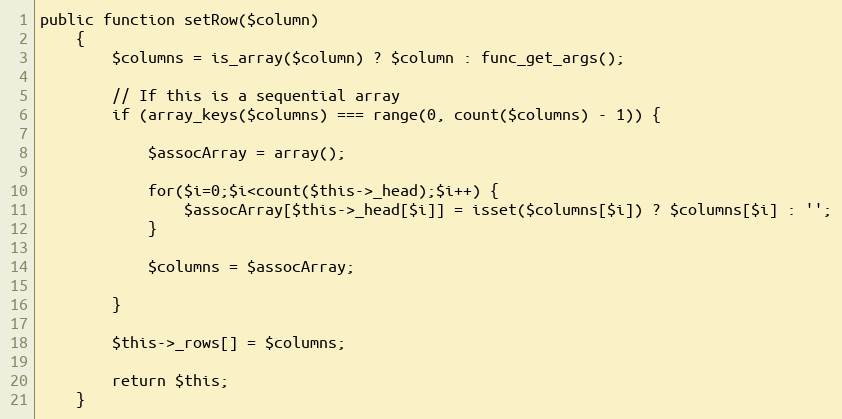
Language: PHP
public function setRow($column)
    {
        $columns = is_array($column) ? $column : func_get_args();

        // If this is a sequential array
        if (array_keys($columns) === range(0, count($columns) - 1)) {

            $assocArray = array();

            for($i=0;$i<count($this->_head);$i++) {
                $assocArray[$this->_head[$i]] = isset($columns[$i]) ? $columns[$i] : '';
            }

            $columns = $assocArray;

        }

        $this->_rows[] = $columns;

        return $this;
    }